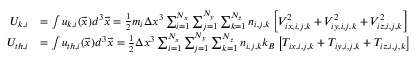
\begin{array} { r l } { U _ { k , i } } & { = \int u _ { k , i } ( \vec { x } ) d ^ { 3 } \vec { x } = \frac { 1 } { 2 } m _ { i } \Delta x ^ { 3 } \sum _ { i = 1 } ^ { N _ { x } } \sum _ { j = 1 } ^ { N _ { y } } \sum _ { k = 1 } ^ { N _ { z } } n _ { i , j , k } \left[ V _ { i x , i , j , k } ^ { 2 } + V _ { i y , i , j , k } ^ { 2 } + V _ { i z , i , j , k } ^ { 2 } \right] } \\ { U _ { t h , i } } & { = \int u _ { t h , i } ( \vec { x } ) d ^ { 3 } \vec { x } = \frac { 1 } { 2 } \Delta x ^ { 3 } \sum _ { i = 1 } ^ { N _ { x } } \sum _ { j = 1 } ^ { N _ { y } } \sum _ { k = 1 } ^ { N _ { z } } n _ { i , j , k } k _ { B } \left[ T _ { i x , i , j , k } + T _ { i y , i , j , k } + T _ { i z , i , j , k } \right] } \end{array}